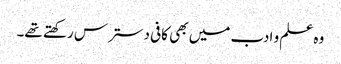
وہ علم و ادب میں بھی کافی دسترس رکھتے تھے۔